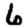
Digit: 6